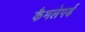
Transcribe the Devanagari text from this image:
कैमलेपर्ड